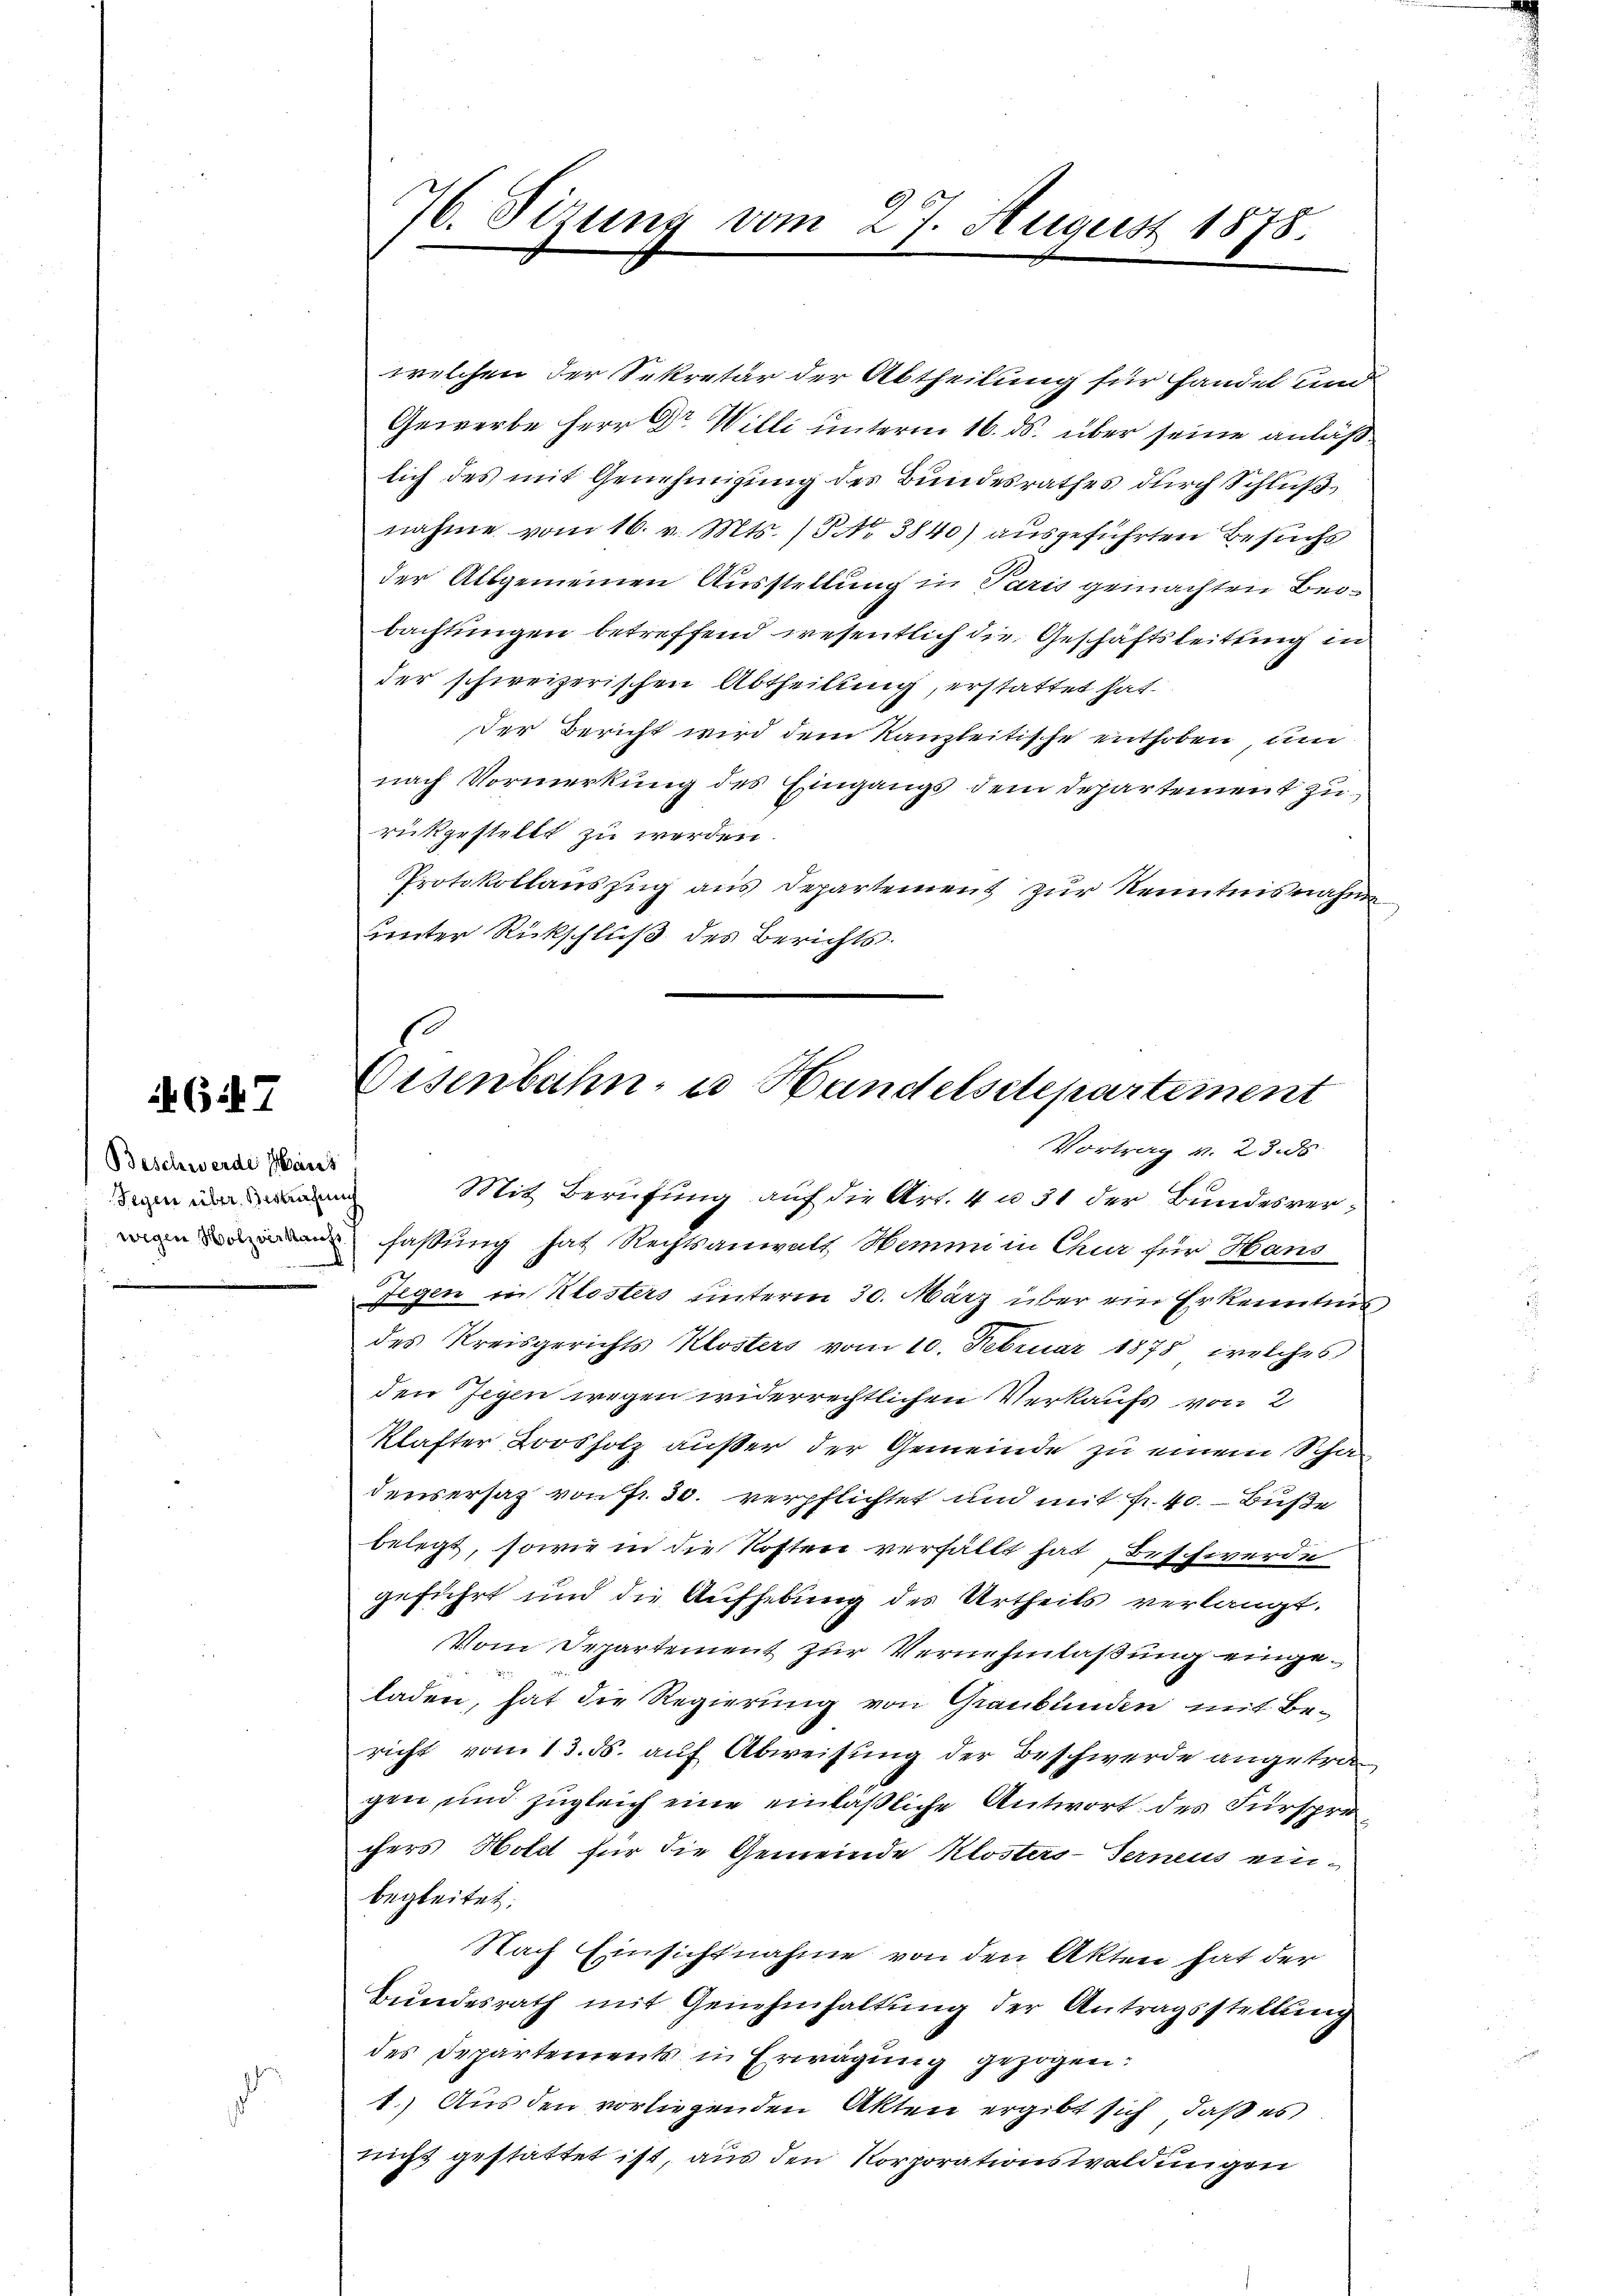
Gif. 7

Beschwerde Haus
Segen über Bestrafung

76. Sizung vom 27. August 1878.

welchen der Sekretär der Abtheilung für handel und
Gewerbe Herr Dr. Willi unterm 16. ds. über seine anläßlich des mit Genehmigung des Bundesrathes durch Schluß
nahme vom 16. v. Mts. (NNo. 3840) ausgeführten Besuchs
der Allgemeinen Ausstellung in Paris gemachten Beibachtungen betreffend wesentlich die Geschäftsleitung in
der schweizerischen Abtheilung, erstattet hat.
der Bericht wird dem Kanzleitische enthoben, um
nach Vormerkung des Eingangs dem Departement zurückgestellt zu werden.
Protokollauszug aus Departement zur Kenntnisnahme
unter Rückschluß des Berichts.

Eisenbahn, es Handelsetepartement

Vortrag v. 23. ds
Mit Berufung auf die Art. 4 u. 31 der Bundesverfassung hat Rechtsanwalt Hemmi in Chur für Hans
.
Gegen in Klosters unterm 30. März über ein Erkenntnis
des Kreisgerichts Klosters vom 10. Februar 1875, welches
den Gegen wegen widerrechtlichen Verkaufs von 2
Klafter Loosholz außer der Gemeinde zu einem Schadensersaz von Fr. 30. verpflichtet und mit Fr. 40. - Buße
belegt, sowie in die Kosten verfällt hat, Beschwerde
geführt und die Aufhebung des Urtheils verlangt.
Vom Departement zur Vernehmlassung eingeladen, hat die Regierung von Graubünden mit Bericht vom 13. ds. auf Abweisung der Beschwerde angetragen und zugleich eine einläßliche Antwort des Fürspre
chers Hotel für die Gemeinde Klosters-Terneus einbegleitet.
Nach Einsichtnahme von den Akten hat der
Bundesrath mit Genehmhaltung der Antragsstellung
des Departements in Erwägung gezogen:
1.) Aus den vorliegenden Akten ergibt sich, daß es
nicht gestattet ist, aus den Korporationswaldungen